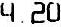
4.20